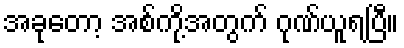
အခုတော့ အစ်ကို့အတွက် ဂုဏ်ယူရပြီ။